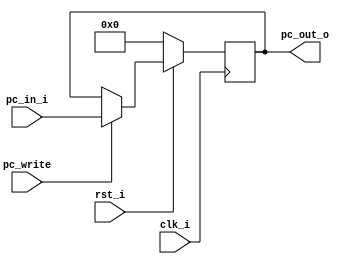
//Subject:     CO project 2 - PC
//--------------------------------------------------------------------------------
//Version:     1
//--------------------------------------------------------------------------------
//Writer:     
//----------------------------------------------
//Date:   
//----------------------------------------------
//Description: 
//--------------------------------------------------------------------------------

module ProgramCounter(
    clk_i,
	rst_i,
	pc_write,
	pc_in_i,
	pc_out_o
	);

//I/O ports
input           clk_i;
input	        rst_i;
input           pc_write;
input  [32-1:0] pc_in_i;
output [32-1:0] pc_out_o;

//Internal Signals
reg    [32-1:0] pc_out_o;

//Parameter


//Main function
always @(posedge clk_i) begin
    if(~rst_i)
		pc_out_o <= 0;
	else
		if(pc_write) pc_out_o <= pc_in_i;
		else pc_out_o <= pc_out_o;
end

endmodule